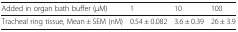
<table><thead><tr><td><b>Added in organ bath buffer (μM)</b></td><td><b>1</b></td><td><b>10</b></td><td><b>100</b></td></tr></thead><tbody><tr><td>Tracheal ring tissue, Mean ± SEM (nM)</td><td>0.54 ± 0.082</td><td>3.6 ± 0.39</td><td>26 ± 3.9</td></tr></tbody></table>